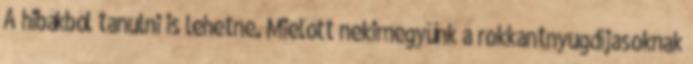
A hibákból tanulni is lehetne. Mielőtt nekimegyünk a rokkantnyugdíjasoknak